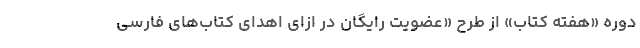
دوره «هفته کتاب» از طرح «عضویت رایگان در ازای اهدای کتاب‌های فارسی